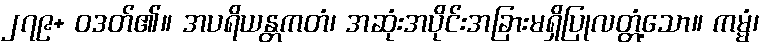
၂၇၉+ ဝဒတ်၏။ အပရိယန္တကတံ၊ အဆုံးအပိုင်းအခြားမရှိပြုလတ္တံ့သော။ ကမ္မံ၊